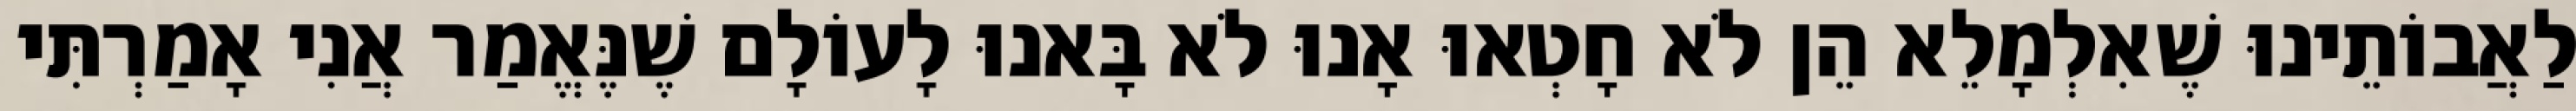
לַאֲבוֹתֵינוּ שֶׁאִלְמָלֵא הֵן לֹא חָטְאוּ אָנוּ לֹא בָּאנוּ לָעוֹלָם שֶׁנֶּאֱמַר אֲנִי אָמַרְתִּי